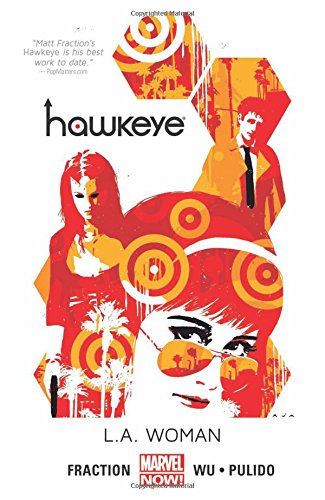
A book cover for Hawkeye Volume 3: L.A. Woman (Marvel Now); Matt Fraction; Comics & Graphic Novels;